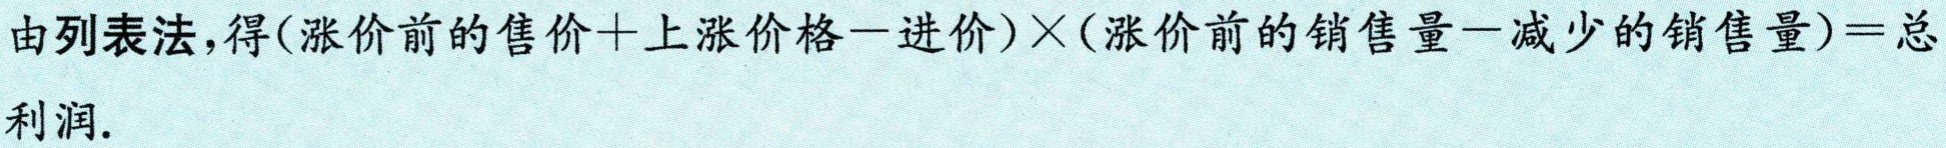
由列表法,得\((涨价前的售价 + 上涨价格 - 进价)\times(涨价前的销售量 - 减少的销售量)=总利润.\)